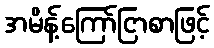
အမိန့်ကြော်ငြာစာဖြင့်